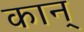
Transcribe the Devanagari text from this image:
कान्‌